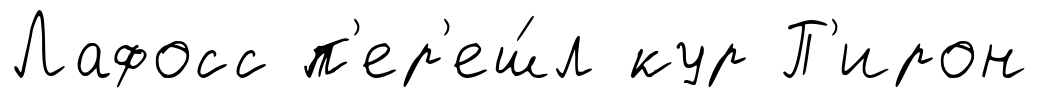
Лафосс п'ер'еш́л кур П'ирон